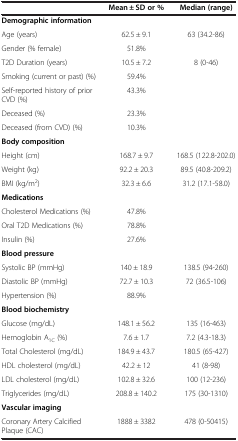
|  | Mean ± SD or % | Median (range) |
 | --- | --- | --- |
 | Demographic information |  |  |
 | Age (years) | 62.5 ± 9.1 | 63 (34.2-86) |
 | Gender (% female) | 51.8% |  |
 | T2D Duration (years) | 10.5 ± 7.2 | 8 (0-46) |
 | Smoking (current or past) (%) | 59.4% |  |
 | Self-reported history of prior CVD (%) | 43.3% |  |
 | Deceased (%) | 23.3% |  |
 | Deceased (from CVD) (%) | 10.3% |  |
 | Body composition |  |  |
 | Height (cm) | 168.7 ± 9.7 | 168.5 (122.8-202.0) |
 | Weight (kg) | 92.2 ± 20.3 | 89.5 (40.8-209.2) |
 | BMI (kg/m2) | 32.3 ± 6.6 | 31.2 (17.1-58.0) |
 | Medications |  |  |
 | Cholesterol Medications (%) | 47.8% |  |
 | Oral T2D Medications (%) | 78.8% |  |
 | Insulin (%) | 27.6% |  |
 | Blood pressure |  |  |
 | Systolic BP (mmHg) | 140 ± 18.9 | 138.5 (94-260) |
 | Diastolic BP (mmHg) | 72.7 ± 10.3 | 72 (36.5-106) |
 | Hypertension (%) | 88.9% |  |
 | Blood biochemistry |  |  |
 | Glucose (mg/dL) | 148.1 ± 56.2 | 135 (16-463) |
 | Hemoglobin A1C (%) | 7.6 ± 1.7 | 7.2 (4.3-18.3) |
 | Total Cholesterol (mg/dL) | 184.9 ± 43.7 | 180.5 (65-427) |
 | HDL cholesterol (mg/dL) | 42.2 ± 12 | 41 (8-98) |
 | LDL cholesterol (mg/dL) | 102.8 ± 32.6 | 100 (12-236) |
 | Triglycerides (mg/dL) | 208.8 ± 140.2 | 175 (30-1310) |
 | Vascular imaging |  |  |
 | Coronary Artery Calcified Plaque (CAC) | 1888 ± 3382 | 478 (0-50415) |